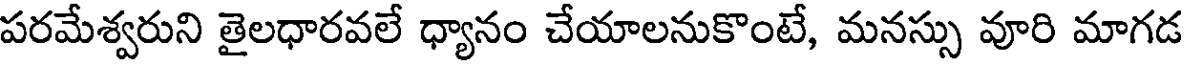
పరమేశ్వరుని తైలధారవలే ధ్యానం చేయాలనుకొంటే, మనస్సు వూరి మాగడ